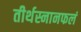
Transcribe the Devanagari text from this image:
तीर्थस्नानफलं